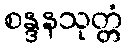
စန္ဒနသုတ္တံ